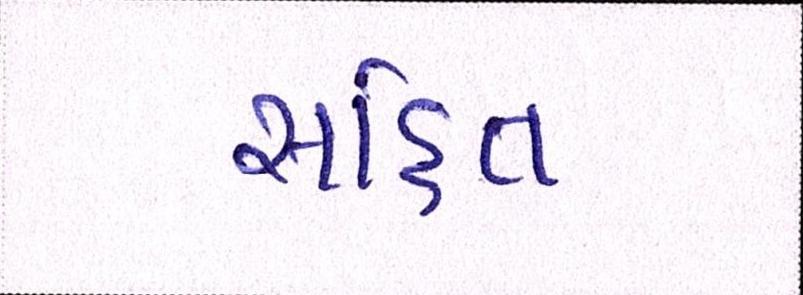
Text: સહિત